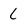
Character: l